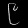
Digit: ၉